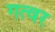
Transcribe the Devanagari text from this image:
गत्वर